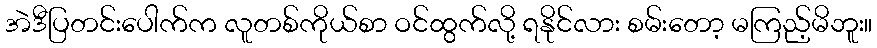
အဲဒီပြတင်းပေါက်က လူတစ်ကိုယ်စာ ဝင်ထွက်လို့ ရနိုင်လား စမ်းတော့ မကြည့်မိဘူး။